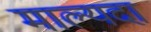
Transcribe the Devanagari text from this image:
माल्यदा